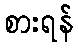
စားရန်